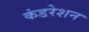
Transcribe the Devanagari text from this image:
कंडरेशन